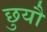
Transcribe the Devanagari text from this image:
छुयौ